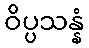
ဝိပ္ပသန္နံ